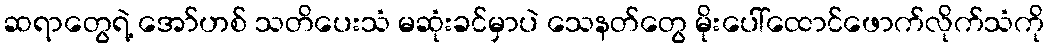
ဆရာတွေရဲ့ အော်ဟစ် သတိပေးသံ မဆုံးခင်မှာပဲ သေနတ်တွေ မိုးပေါ်ထောင်ဖောက်လိုက်သံကို